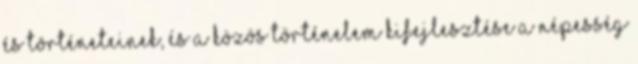
és történeteinek, és a közös történelem kifejlesztése a népesség